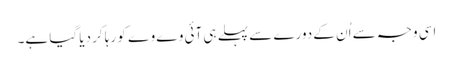
اسی وجہ سے اُن کے دورے سے پہلے ہی آئی وے وے کو رہا کر دیا گیا ہے۔